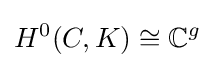
H^{0}(C,K)\cong \mathbb {C} ^{g}